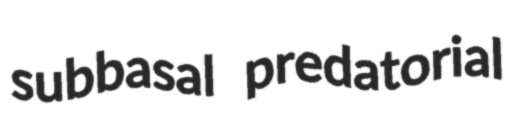
subbasal predatorial